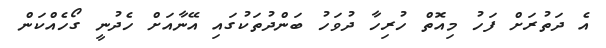
އެ ދަތުރަށް ފަހު މިއޮތް ހުރިހާ ދުވަހު ބަންދުތަކުގައި އޭނާއަށް ހެދުނީ ގޯހެއްކަން